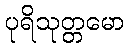
ပုရိသုတ္တမော